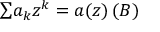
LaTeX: { \textstyle \sum } a _ { k } z ^ { k } = a ( z ) \, ( \boldsymbol { B } )